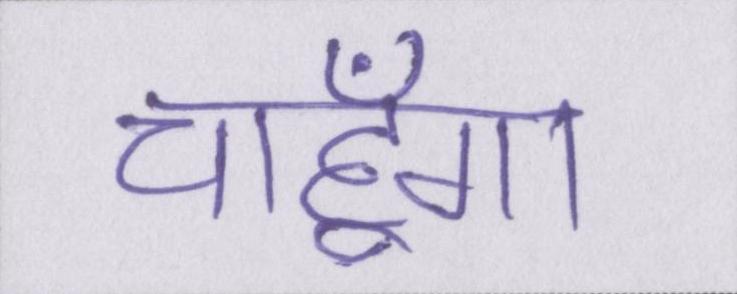
चाहूँगा